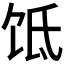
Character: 𬲮